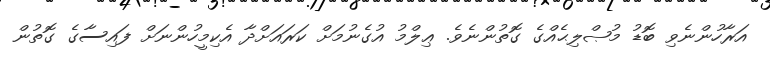
އަރާހުންނެވި ބޮޑު މުޞްލިޙެއްގެ ގޮތުންނެވެ. ޢިލްމު އުގެނުމަށް ކަރައަށްދާ އެކިމީހުންނަށް ފައިސާގެ ގޮތުން